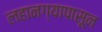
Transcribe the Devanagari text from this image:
लहानग्यापासून